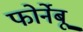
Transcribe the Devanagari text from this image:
फोर्नेबू